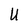
Character: U